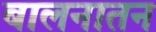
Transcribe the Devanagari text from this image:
बालनातन